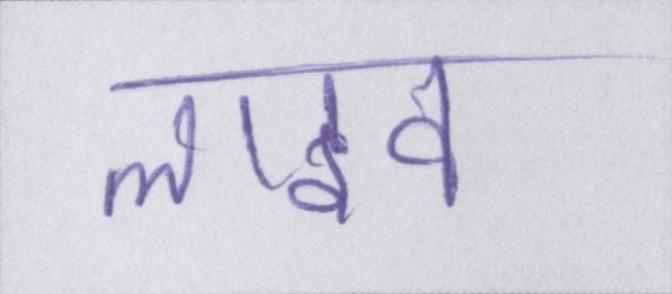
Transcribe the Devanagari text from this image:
लाइव